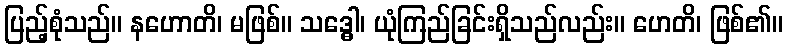
ပြည့်စုံသည်။ နဟောတိ၊ မဖြစ်။ သဒ္ဓေါ၊ ယုံကြည်ခြင်းရှိသည်လည်း။ ဟေတိ၊ ဖြစ်၏။